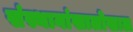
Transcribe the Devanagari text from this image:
संस्थानांखालोखाल